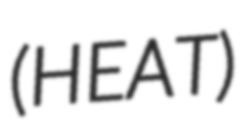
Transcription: (HEAT)